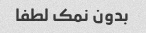
بدون نمک لطفا